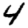
Digit: 4